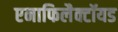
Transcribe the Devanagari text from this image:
एनाफिलैक्टॉयड